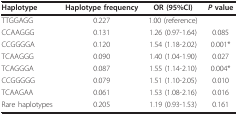
<table><thead><tr><td><b>Haplotype</b></td><td><b>Haplotype frequency</b></td><td><b>OR (95%CI)</b></td><td><b><i>P </i>value</b></td></tr></thead><tbody><tr><td>TTGGAGG</td><td>0.227</td><td>1.00 (reference)</td><td></td></tr><tr><td>CCAAGGG</td><td>0.131</td><td>1.26 (0.97-1.64)</td><td>0.085</td></tr><tr><td>CCGGGGA</td><td>0.120</td><td>1.54 (1.18-2.02)</td><td>0.001*</td></tr><tr><td>TCAAGGG</td><td>0.090</td><td>1.40 (1.04-1.90)</td><td>0.027</td></tr><tr><td>TCAGGGA</td><td>0.087</td><td>1.55 (1.14-2.10)</td><td>0.004*</td></tr><tr><td>CCGGGGG</td><td>0.079</td><td>1.51 (1.10-2.05)</td><td>0.010</td></tr><tr><td>TCAAGAA</td><td>0.061</td><td>1.53 (1.08-2.16)</td><td>0.016</td></tr><tr><td>Rare haplotypes</td><td>0.205</td><td>1.19 (0.93-1.53)</td><td>0.161</td></tr></tbody></table>